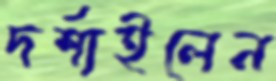
দর্শাইলেন